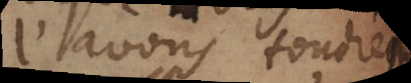
l’avons touché